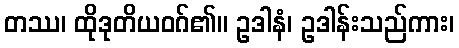
တဿ၊ ထိုဒုတိယဝဂ်၏။ ဥဒါနံ၊ ဥဒါန်းသည်ကား၊